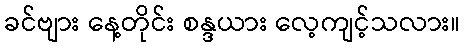
ခင်ဗျား နေ့တိုင်း စန္ဒယား လေ့ကျင့်သလား။